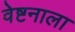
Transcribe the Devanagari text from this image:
वेष्टनाला